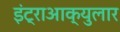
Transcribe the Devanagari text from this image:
इंट्राआक्युलार